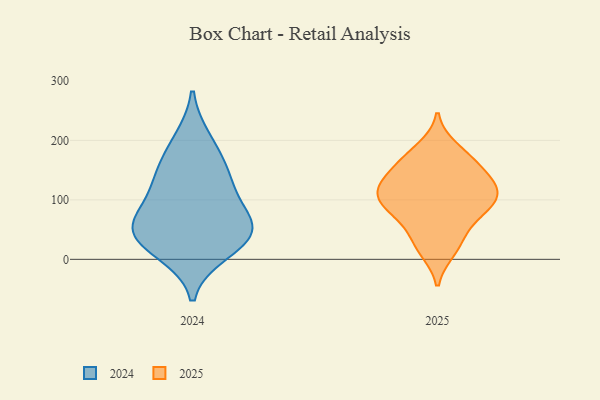
{"axis": {"x": "Demand Index", "y": "Value"}, "legend": ["2024", "2025"], "data": [{"x": "", "y": 150, "type": "2025"}, {"x": "", "y": 98, "type": "2025"}, {"x": "", "y": 77, "type": "2025"}, {"x": "", "y": 101, "type": "2025"}, {"x": "", "y": 72, "type": "2025"}, {"x": "", "y": 107, "type": "2025"}, {"x": "", "y": 116, "type": "2025"}, {"x": "", "y": 172, "type": "2025"}, {"x": "", "y": 139, "type": "2025"}, {"x": "", "y": 164, "type": "2025"}, {"x": "", "y": 44, "type": "2025"}, {"x": "", "y": 187, "type": "2025"}, {"x": "", "y": 90, "type": "2025"}, {"x": "", "y": 125, "type": "2025"}, {"x": "", "y": 124, "type": "2025"}, {"x": "", "y": 22, "type": "2025"}, {"x": "", "y": 15, "type": "2025"}, {"x": "", "y": 129, "type": "2024"}, {"x": "", "y": 67, "type": "2024"}, {"x": "", "y": 200, "type": "2024"}, {"x": "", "y": 48, "type": "2024"}, {"x": "", "y": 43, "type": "2024"}, {"x": "", "y": 122, "type": "2024"}, {"x": "", "y": 33, "type": "2024"}, {"x": "", "y": 161, "type": "2024"}, {"x": "", "y": 13, "type": "2024"}, {"x": "", "y": 66, "type": "2024"}]}